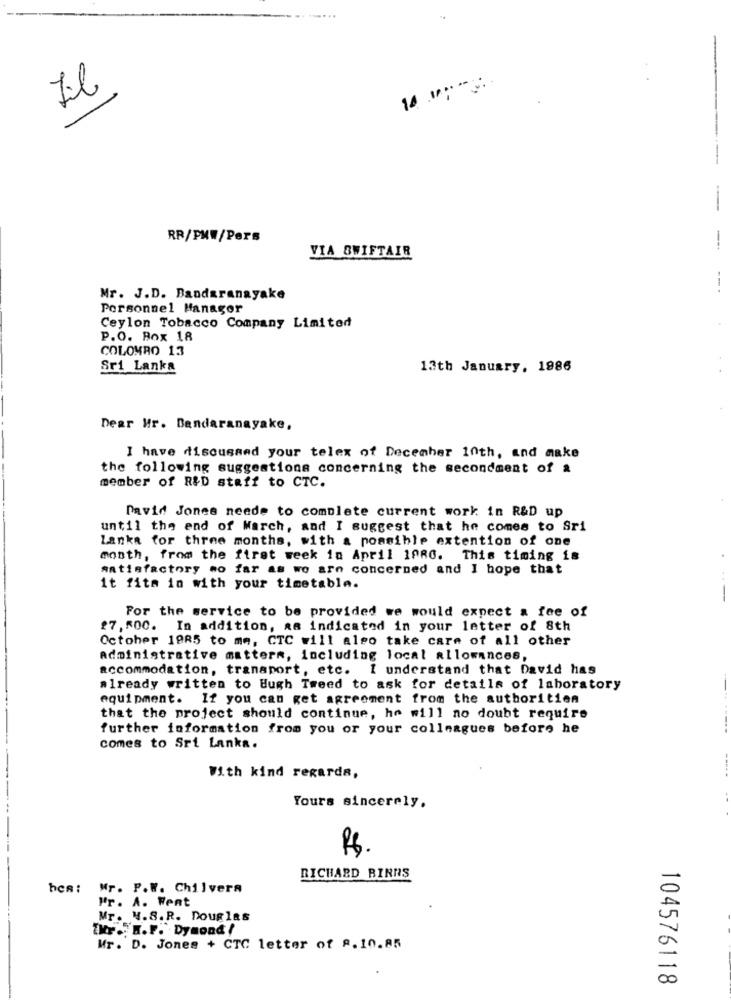
14 ":"
-
RR/PMW/Pers
VIA SWIFTAIR
-- +
Mr. J.D. Bandaranayake
Personnel Manager
Ceylon Tobacco Company Limited
P.O. Box 18
COLOMBO 13
Sri Lanka
13th January, 1986
Dear Mr. Bandaranayake,
I have discussed your telex of December 10th, and make
the following suggestions concerning the secondment of a
member of R&D staff to CTC.
David Jones neede to complete current work in R&D up
until the end of March, and I suggest that he comes to Sri
Lanka for three months, with a possible extention of one
month, from the first week in April 1080. This timing is
satisfactory mo far as we are concerned and I hope that
it fits in with your timetable.
---
For the service to be provided we would expect a fee of
27, 500. In addition, as indicated in your letter of 8th
October 1985 to me, CTC will also take care of all other
Administrative mattern, including local allowances,
accommodation, transport, etc. I understand that David has
already written to Hugh Tweed to ask for details of laboratory
equipment. If you can get agreement from the authoritien
that the project should continue, he will no doubt require
further information from you or your colleagues before he
comes to Sri Lanka.
With kind regards,
Yours sincerely.
RICHARD BINNS
hes :
Mr. P.W. Chilvera
Pr. A. Went
Mr. M.S.R. Douglas
Ihr .. K.F. Dymond /
Wr. D. Jones + CTC letter of 8.10.85
104576118